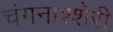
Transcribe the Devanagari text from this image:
चंगनाश्शेरी